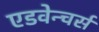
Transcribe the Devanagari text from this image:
एडवेन्चर्स